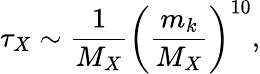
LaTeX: \tau_{X}\sim\frac{1}{M_{X}}{\left(\frac{m_{k}}{M_{X}}\right)}^{10},